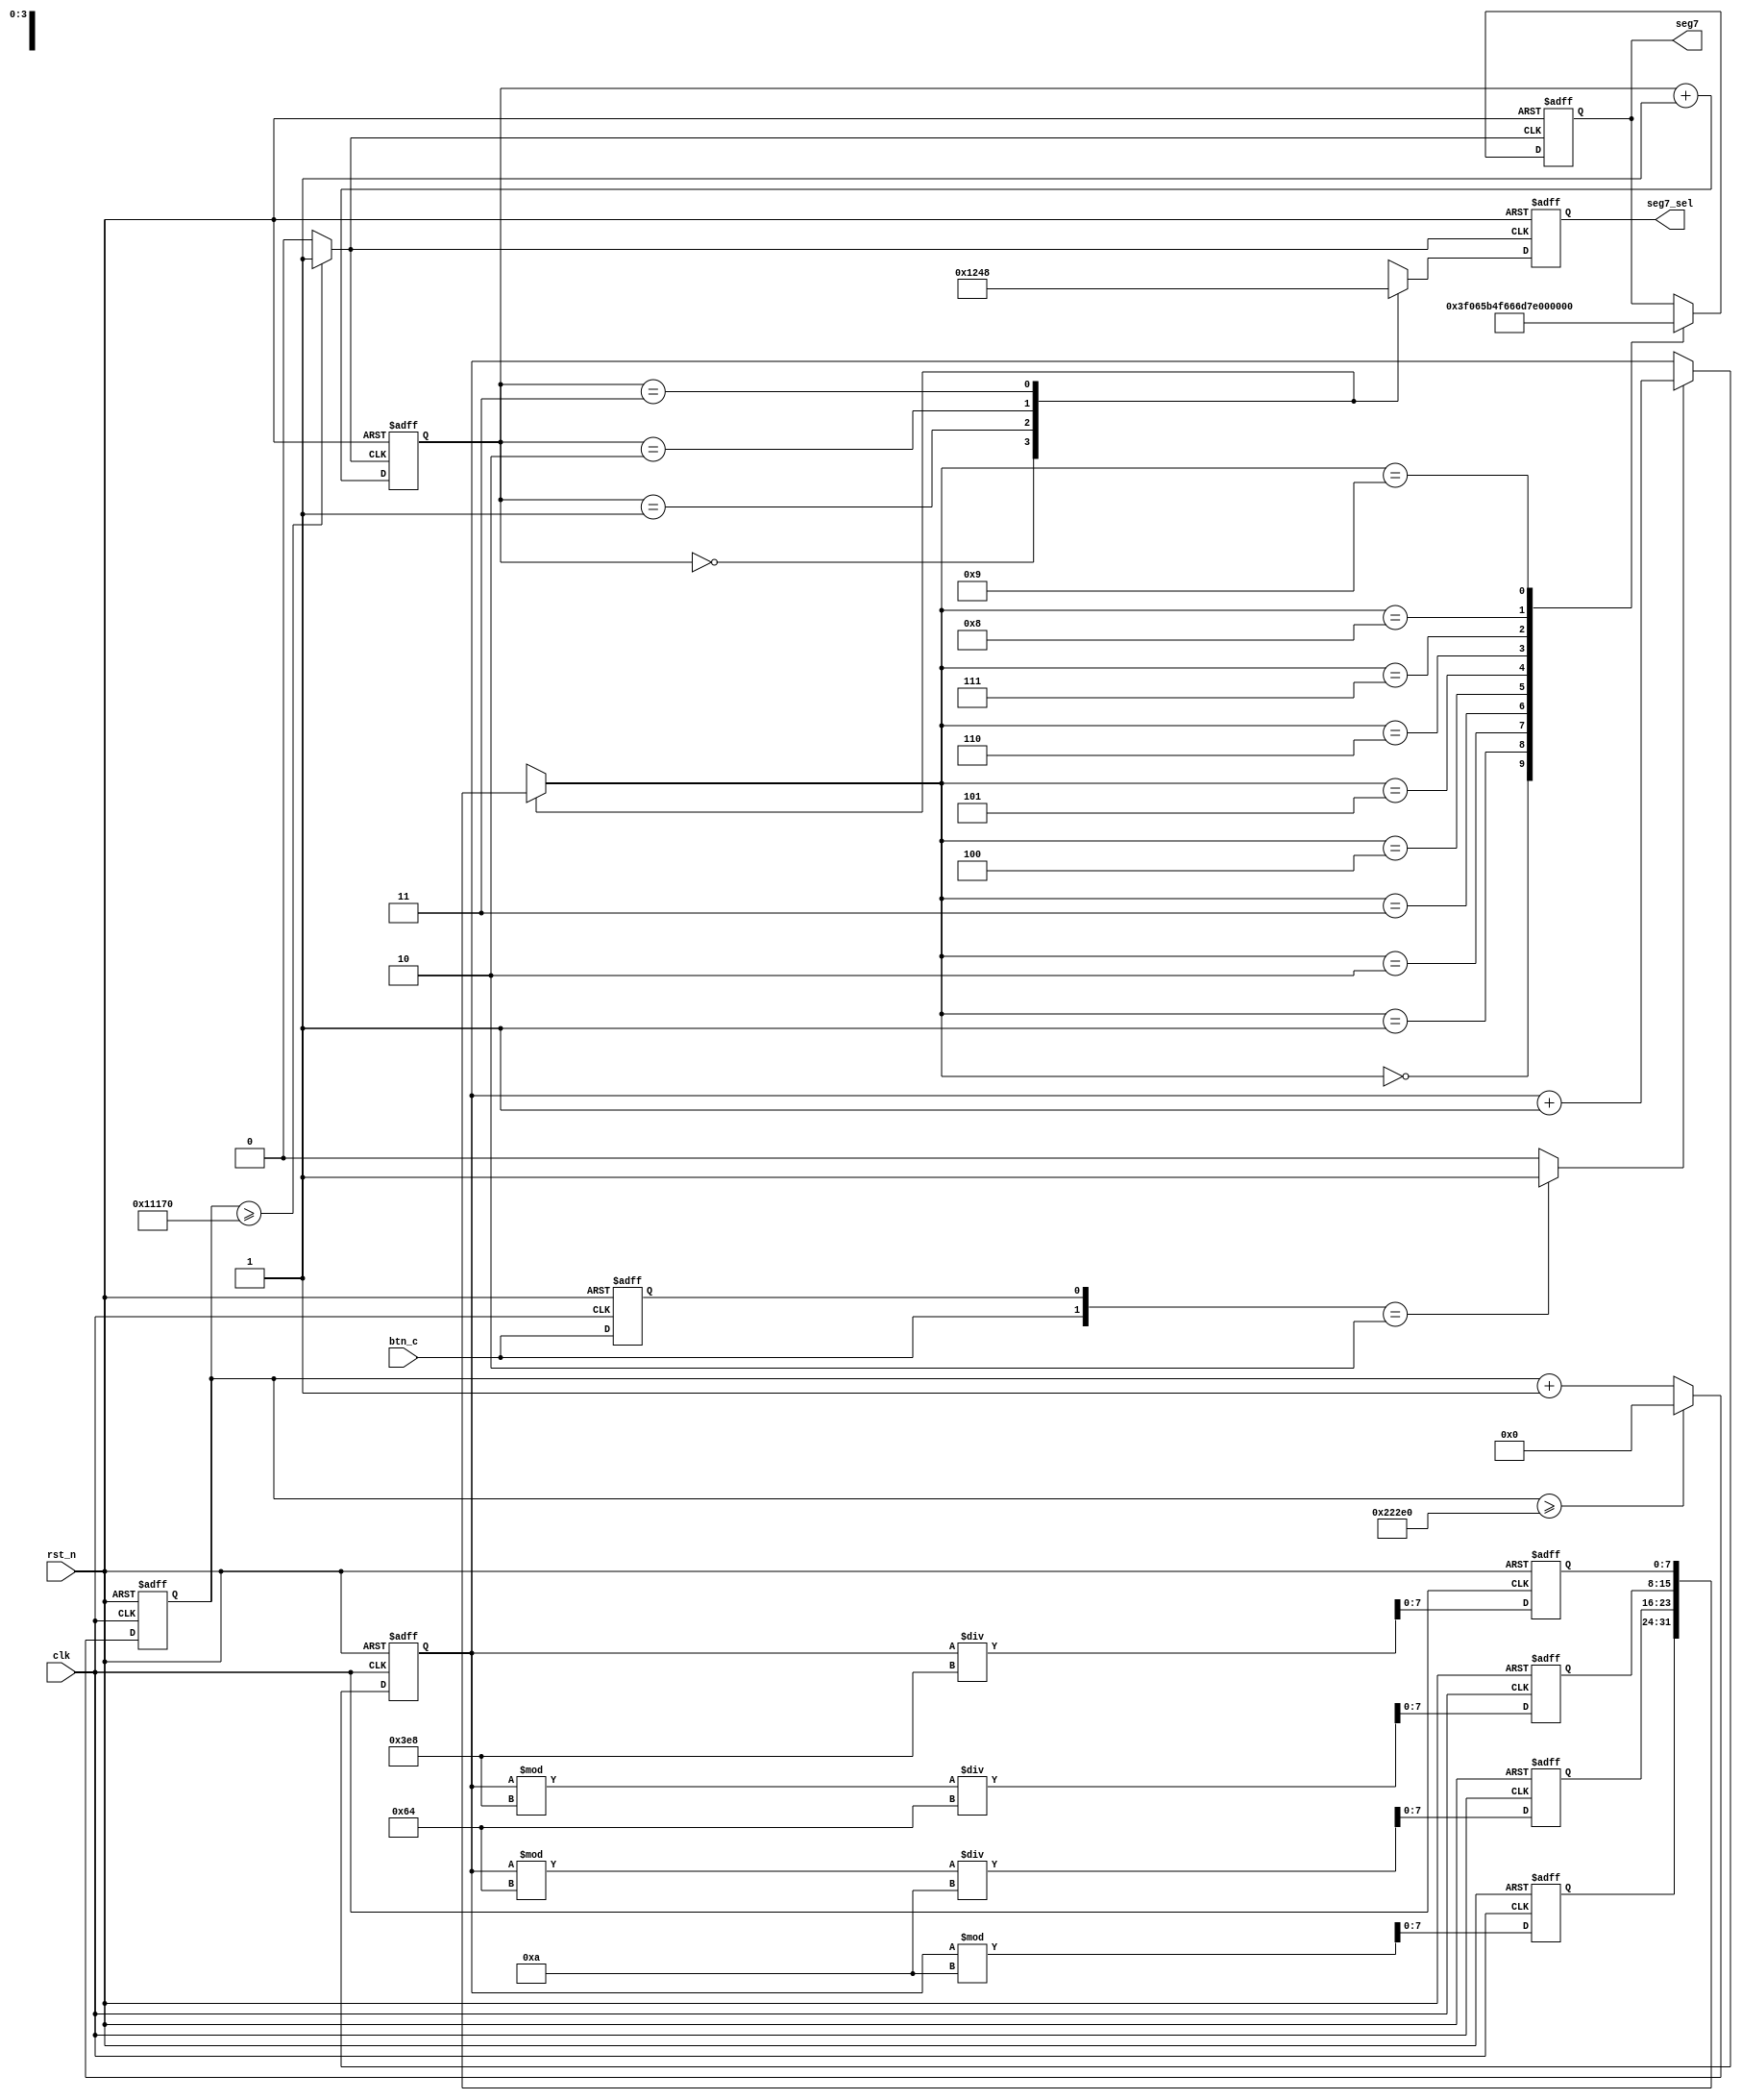
`define CYCLE 140000

module lab5(
	input clk,
	input rst_n,
	input btn_c,
	output reg [7:0] seg7,
	output reg [3:0] seg7_sel
);
	
	reg [20:0] count;
	wire d_clk;
	
	reg press_flag; //
	wire btn_c_pulse; // 
	
	reg [7:0] press_count; //
	
	reg [7:0] seg7_temp[0:3];
	reg [1:0] seg7_count;
	
	// 
	always @(posedge clk or negedge rst_n)begin
		if(!rst_n)begin
			count <= 0;
		end
		else begin
			if(count >= `CYCLE)
				count <= 0;
			else
				count <= count + 1;
		end
	end
	assign d_clk = count >= (`CYCLE/2) ? 1 : 0;  // 
	
	//  
	always @(posedge clk or negedge rst_n)begin
		if(!rst_n)begin
			press_flag <= 0;
		end
		else begin
			press_flag <= btn_c;
		end
	end
	assign btn_c_pulse = {btn_c,press_flag} == 2'b10 ? 1 : 0;
	
	// 
	always @(posedge clk or negedge rst_n)begin
		if(!rst_n)begin
			press_count <= 0;
		end
		else begin
			if(btn_c_pulse)
				press_count <= press_count + 1;
			else
				press_count <= press_count;
		end
	end
	
	// 
	always @(posedge clk or negedge rst_n)begin
		if(!rst_n)begin
			seg7_temp[0] <= 0;
			seg7_temp[1] <= 0;
			seg7_temp[2] <= 0;
			seg7_temp[3] <= 0;
		end
		else begin
			seg7_temp[3] <= press_count / 1000;
			seg7_temp[2] <= (press_count % 1000) / 100;
			seg7_temp[1] <= (press_count % 100) / 10;
			seg7_temp[0] <= press_count % 10;
		end
	end
	
	//
	always @(posedge d_clk or negedge rst_n)begin
		if(!rst_n)begin
			seg7_count <= 0;
		end
		else begin
			seg7_count <= seg7_count + 1;
		end
	end
	always @(posedge d_clk or negedge rst_n)begin
		if(!rst_n)begin
			seg7_sel <= 4'b1111;
			seg7 <= 8'b0011_1111;
		end
		else begin
			case(seg7_count)
				0:	seg7_sel <= 4'b0001;
				1:	seg7_sel <= 4'b0010;
				2:	seg7_sel <= 4'b0100;
				3:	seg7_sel <= 4'b1000;
			endcase
			case(seg7_temp[seg7_count])
				0:seg7 <= 8'b0011_1111;
                1:seg7 <= 8'b0000_0110;
                2:seg7 <= 8'b0101_1011;
                3:seg7 <= 8'b0100_1111;
                4:seg7 <= 8'b0110_0110;
                5:seg7 <= 8'b0110_1101;
                6:seg7 <= 8'b0111_1101;
                7:seg7 <= 8'b0000_0111;
                8:seg7 <= 8'b0111_1111;
                9:seg7 <= 8'b0110_1111;
			endcase
		end
	end
	
endmodule